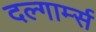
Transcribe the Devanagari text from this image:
दल्गार्म्स